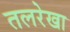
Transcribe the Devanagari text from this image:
तलरेखा